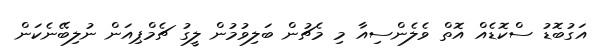
އަގުބޮޑު ސްކޮޑެއް އޮތް ވެލެންސިއާ މި މެޗުން ބަލިވުމުން ލީގު ޗެމްޕިއަން ނުލިބޭނެކަން